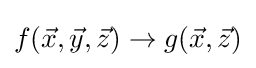
f({\vec {x}},{\vec {y}},{\vec {z}})\rightarrow g({\vec {x}},{\vec {z}})